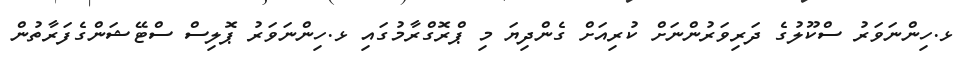
ޅ.ހިންނަވަރު ސްކޫލުގެ ދަރިވަރުންނަށް ކުރިއަށް ގެންދިޔަ މި ޕްރޮގްރާމުގައި ޅ.ހިންނަވަރު ޕޮލިސް ސްޓޭޝަންގެފަރާތުން